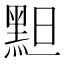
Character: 䵣